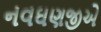
નવઘણજીએ